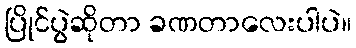
ပြိုင်ပွဲဆိုတာ ခဏတာလေးပါပဲ။